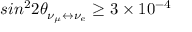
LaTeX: s i n ^ { 2 } 2 \theta _ { \nu _ { \mu } \leftrightarrow \nu _ { e } } \geq 3 \times 1 0 ^ { - 4 } \quad